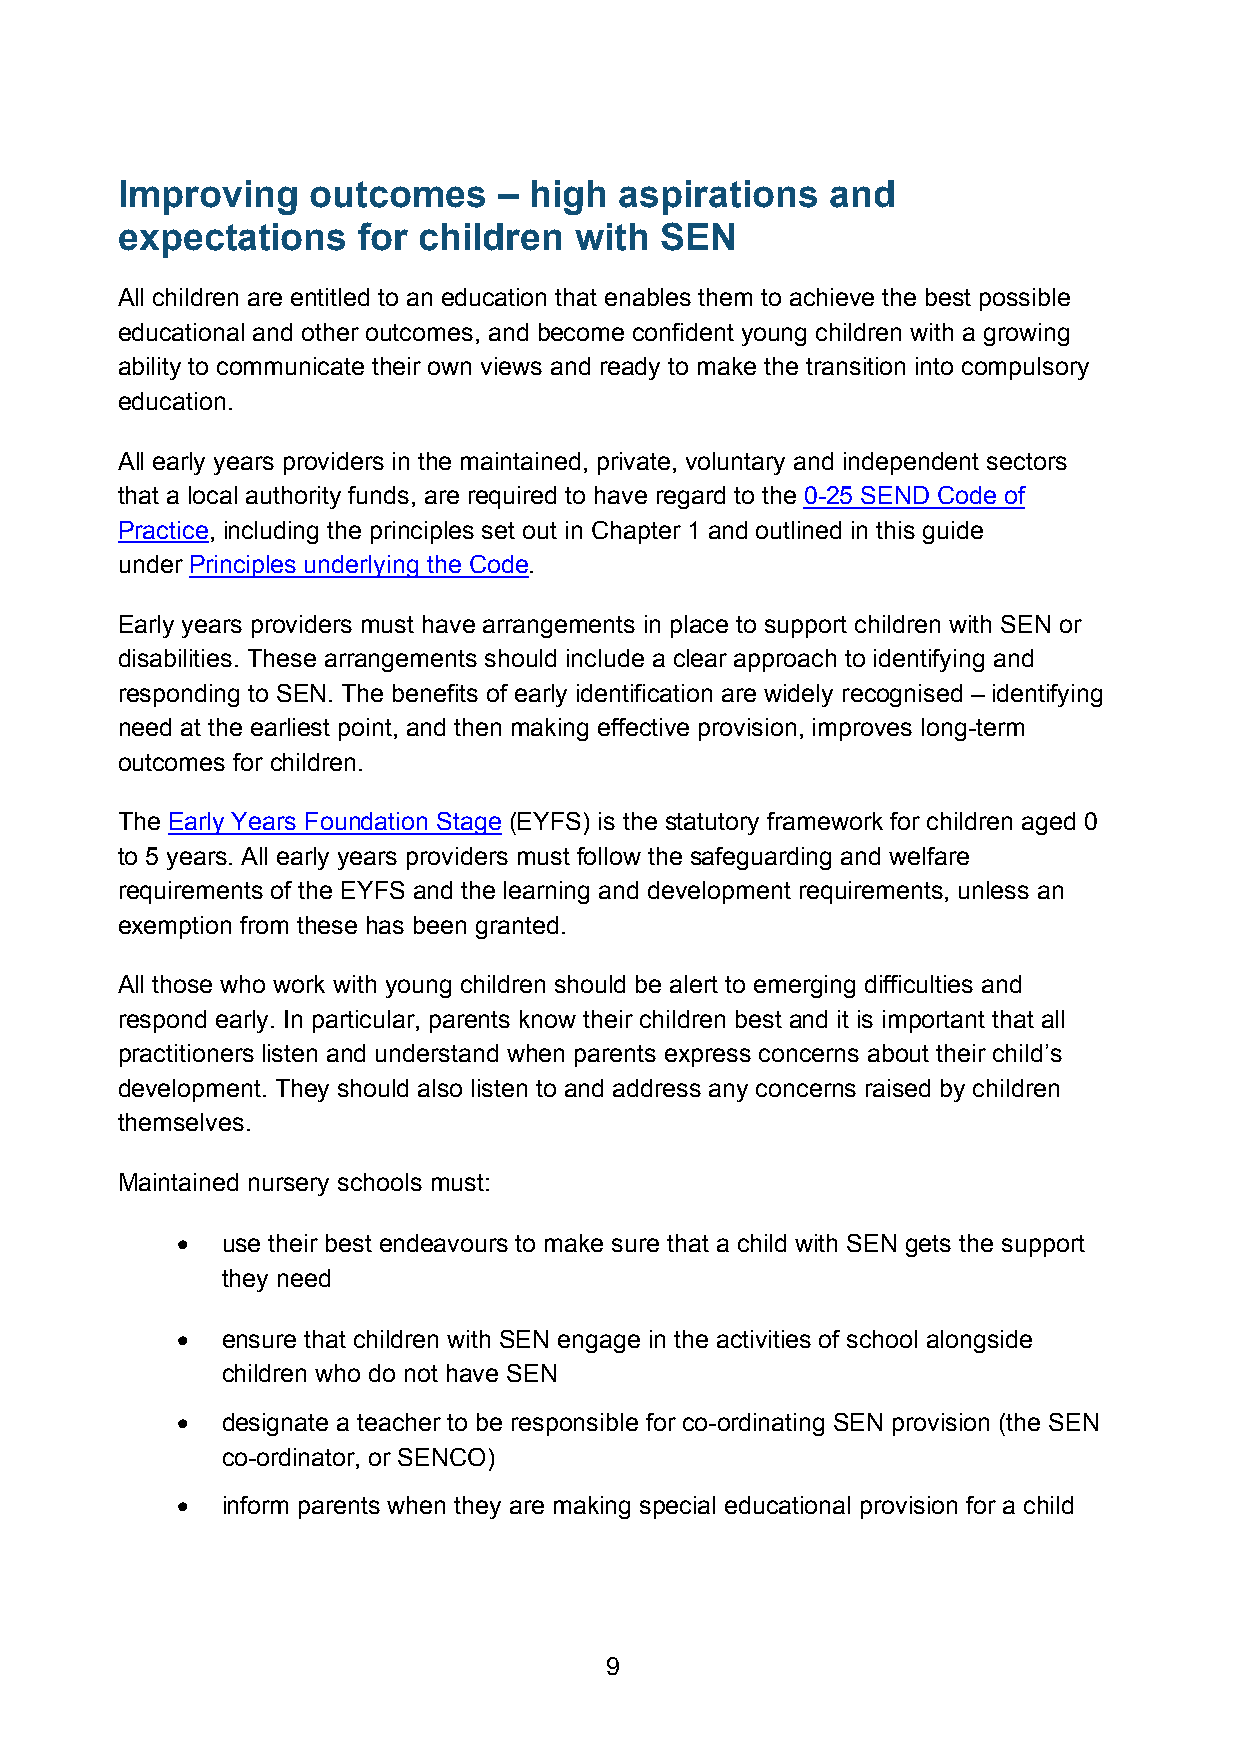
Improving    outcomes    – high  aspirations   and
 expectations    for children  with  SEN
 All children are entitled to an education that enables them to achieve the best possible
 educational and other outcomes, and become confident young children with a growing
 ability to communicate their own views and ready to make the transition into compulsory
 education.
 All early years providers in the maintained, private, voluntary and independent sectors
 that a local authority funds, are required to have regard to the 0-25 SEND Code of
 Practice, including the principles set out in Chapter 1 and outlined in this guide
 under Principles underlying the Code.
 Early years providers must have arrangements in place to support children with SEN or
 disabilities. These arrangements should include a clear approach to identifying and
 responding to SEN. The benefits of early identification are widely recognised – identifying
 need at the earliest point, and then making effective provision, improves long-term
 outcomes for children.
 The Early Years Foundation Stage (EYFS) is the statutory framework for children aged 0
 to 5 years. All early years providers must follow the safeguarding and welfare
 requirements of the EYFS and the learning and development requirements, unless an
 exemption from these has been granted.
 All those who work with young children should be alert to emerging difficulties and
 respond early. In particular, parents know their children best and it is important that all
 practitioners listen and understand when parents express concerns about their child’s
 development. They should also listen to and address any concerns raised by children
 themselves.
 Maintained nursery schools must:
 •  use their best endeavours to make sure that a child with SEN gets the support
 they need
 •  ensure that children with SEN engage in the activities of school alongside
 children who do not have SEN
 •  designate a teacher to be responsible for co-ordinating SEN provision (the SEN
 co-ordinator, or SENCO)
 •  inform parents when they are making special educational provision for a child
 9